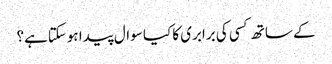
کے ساتھ کسی کی برابری کا کیا سوال پیدا ہوسکتاہے؟